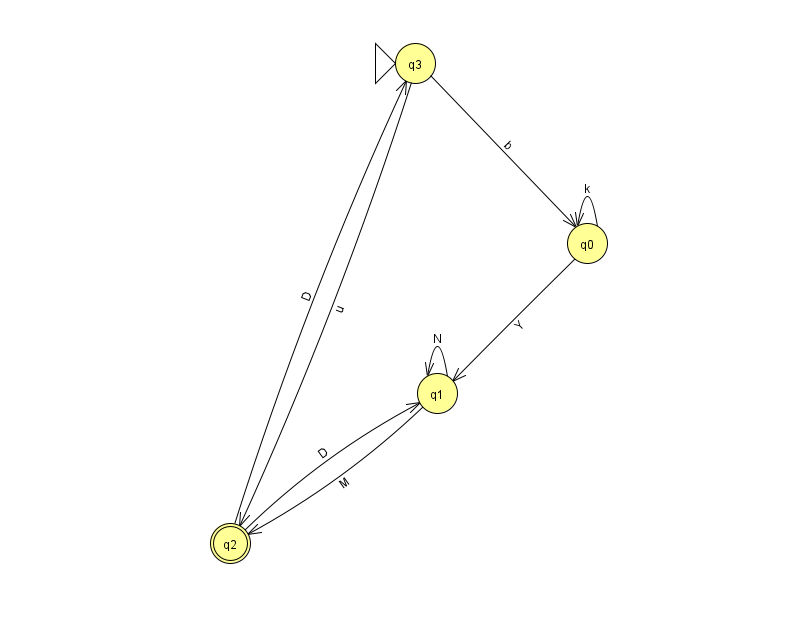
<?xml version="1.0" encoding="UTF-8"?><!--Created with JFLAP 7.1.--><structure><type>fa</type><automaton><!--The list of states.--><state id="0" name="q0"><x>587.0</x><y>230.0</y></state><state id="1" name="q1"><x>437.0</x><y>380.0</y></state><state id="2" name="q2"><x>230.0</x><y>530.0</y><final/></state><state id="3" name="q3"><x>415.0</x><y>50.0</y><initial/></state><!--The list of transitions.--><transition><from>3</from><to>2</to><read>u</read></transition><transition><from>2</from><to>3</to><read>D</read></transition><transition><from>2</from><to>1</to><read>D</read></transition><transition><from>3</from><to>0</to><read>b</read></transition><transition><from>1</from><to>2</to><read>M</read></transition><transition><from>0</from><to>0</to><read>k</read></transition><transition><from>1</from><to>1</to><read>N</read></transition><transition><from>0</from><to>1</to><read>Y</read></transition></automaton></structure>